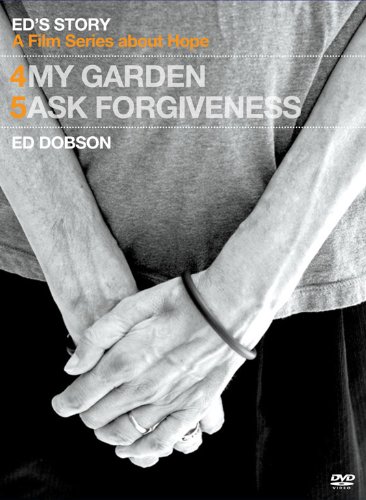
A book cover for Ed's Story: My Garden & Ed's Story: Ask Forgiveness; Ed Dobson; Health, Fitness & Dieting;